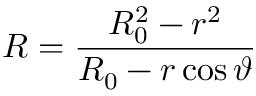
R = \frac { R _ { 0 } ^ { 2 } - r ^ { 2 } } { R _ { 0 } - r \cos \vartheta }